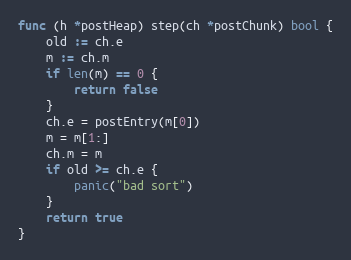
Language: Go
func (h *postHeap) step(ch *postChunk) bool {
	old := ch.e
	m := ch.m
	if len(m) == 0 {
		return false
	}
	ch.e = postEntry(m[0])
	m = m[1:]
	ch.m = m
	if old >= ch.e {
		panic("bad sort")
	}
	return true
}